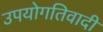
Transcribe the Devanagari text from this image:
उपयोगतिवादी